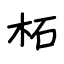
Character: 柘